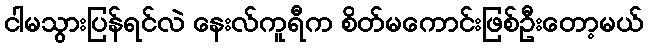
ငါမသွားပြန်ရင်လဲ နေးလ်ကူရီက စိတ်မကောင်းဖြစ်ဦးတော့မယ်